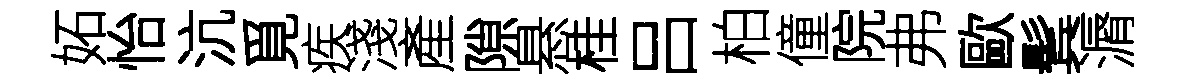
妬怡沆覓疾淺產隙悬桂吕柏僮院弗歐鬂漘